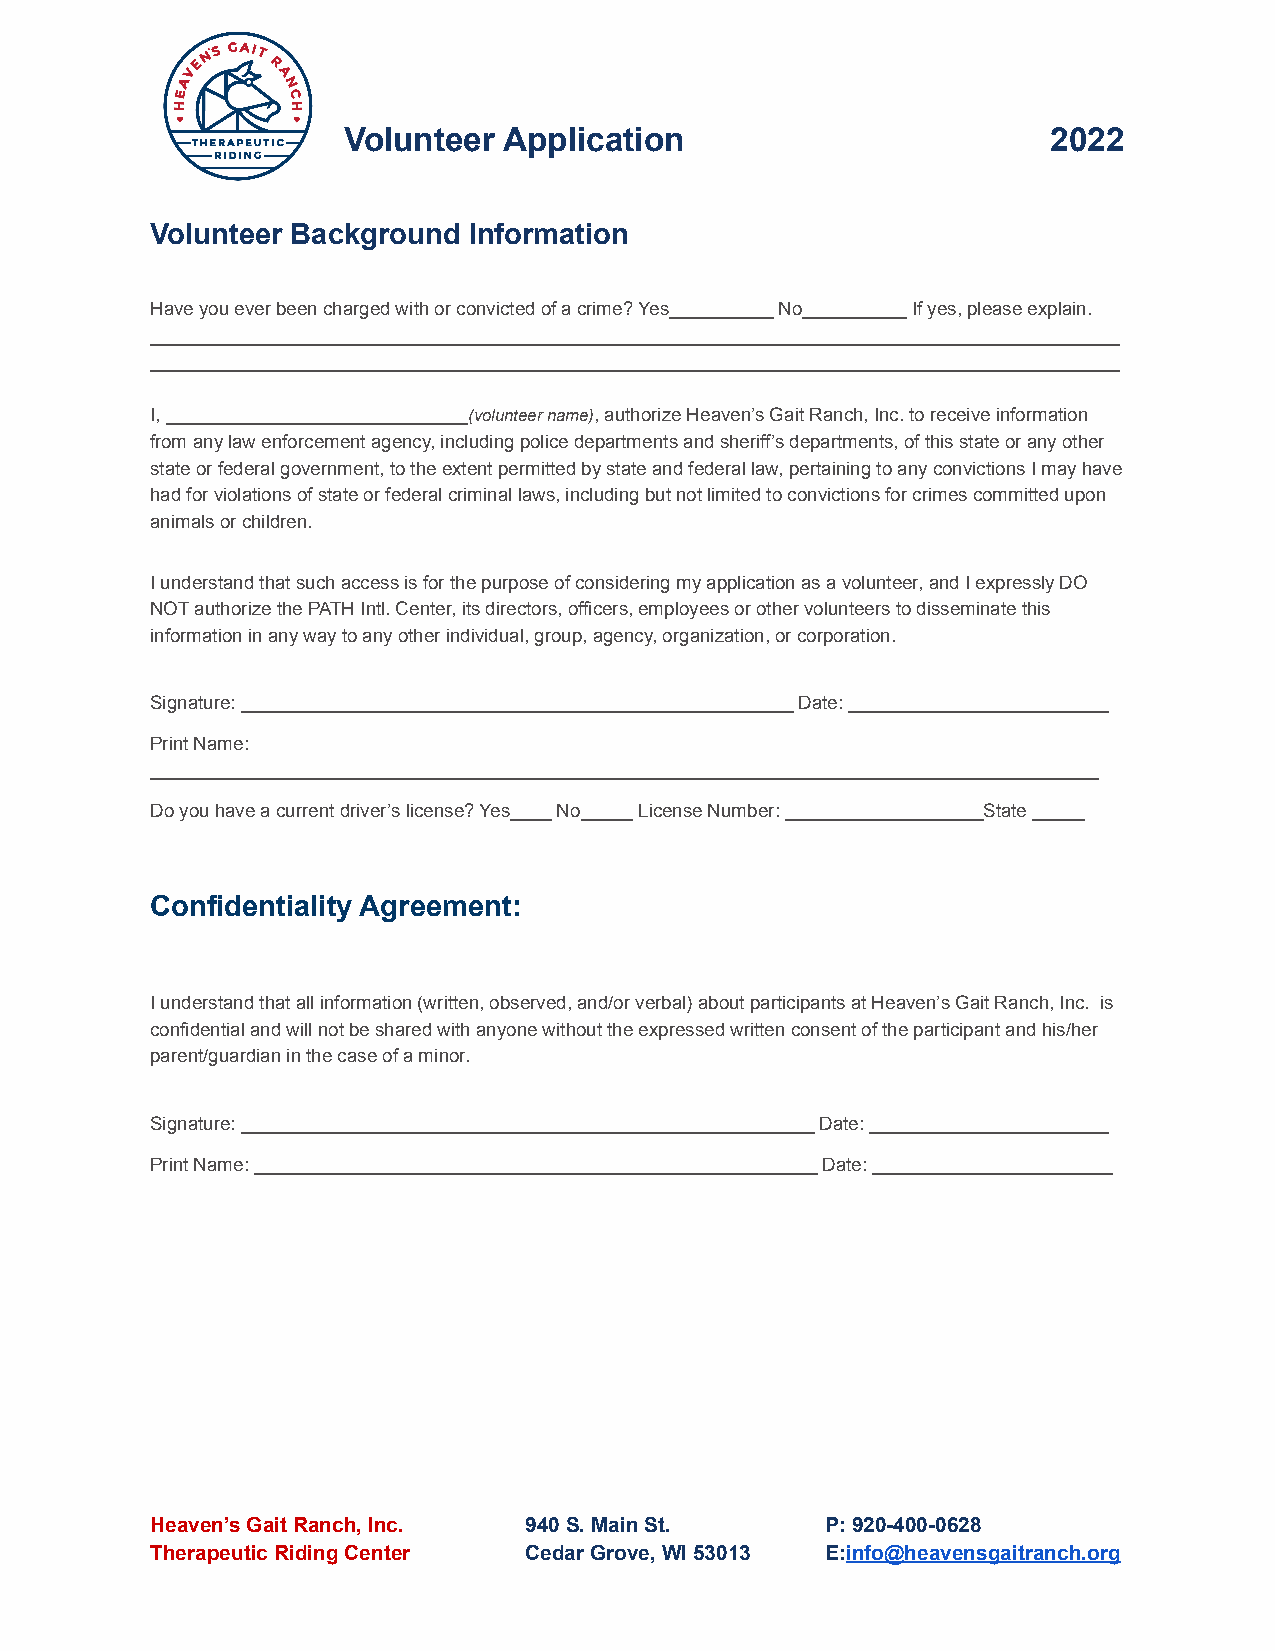
Volunteer Application                          2022
 Volunteer Background Information
 Have you ever been charged with or convicted of a crime? Yes__________ No__________ If yes, please explain.
 _____________________________________________________________________________________________
 _____________________________________________________________________________________________
 I, _____________________________(volunteer name),authorize Heaven’s Gait Ranch, Inc. to receive information
 from any law enforcement agency, including police departments and sheriff’s departments, of this state or any other
 state or federal government, to the extent permitted by state and federal law, pertaining to any convictions I may have
 had for violations of state or federal criminal laws, including but not limited to convictions for crimes committed upon
 animals or children.
 I understand that such access is for the purpose of considering my application as a volunteer, and I expressly DO
 NOT authorize the PATH Intl. Center, its directors, officers, employees or other volunteers to disseminate this
 information in any way to any other individual, group, agency, organization, or corporation.
 Signature: _____________________________________________________ Date: _________________________
 Print Name:
 ___________________________________________________________________________________________
 Do you have a current driver’s license? Yes____ No_____ License Number: ___________________State _____
 Confidentiality Agreement:
 I understand that all information (written, observed, and/or verbal) about participants at Heaven’s Gait Ranch, Inc. is
 confidential and will not be shared with anyone without the expressed written consent of the participant and his/her
 parent/guardian in the case of a minor.
 Signature: _______________________________________________________ Date: _______________________
 Print Name: ______________________________________________________ Date: _______________________
 Heaven’s Gait Ranch, Inc. 940 S. Main St.    P: 920-400-0628
 Therapeutic Riding Center Cedar Grove, WI 53013 E:info@heavensgaitranch.org